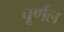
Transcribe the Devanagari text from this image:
चूर्णल